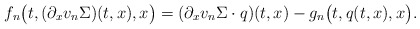
\begin{align*}&f_n\big(t, (\partial_xv_n\Sigma)(t, x),x \big) = (\partial_xv_n\Sigma\cdot q)(t,x) - g_n\big(t, q(t,x),x\big).\end{align*}